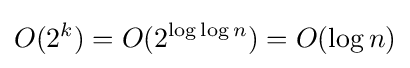
O(2^{k})=O(2^{\log \log n})=O(\log n)